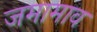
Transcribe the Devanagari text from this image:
जमामाव